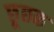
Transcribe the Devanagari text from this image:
छूछक